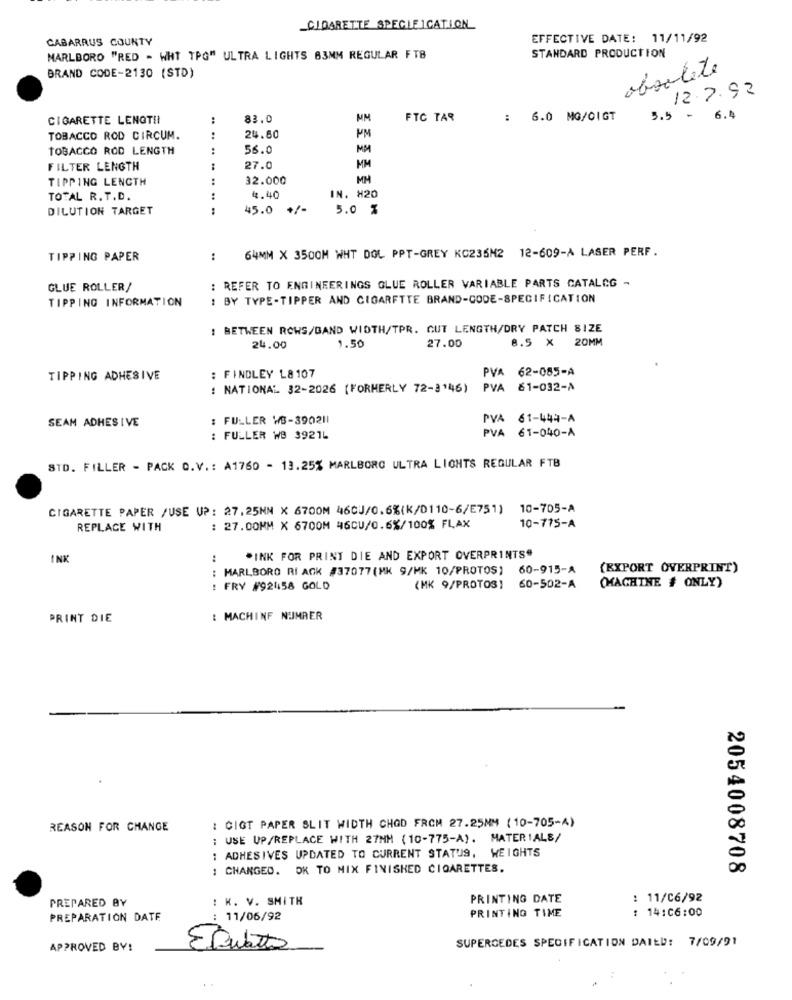
CIDARETTE SPECIFICATION
CABARRUS COUNTY
EFFECTIVE DATE: 11/11/92
MARLBORO "RED - WHT TPG" ULTRA LIGHTS 83MM REGULAR FTB
STANDARD PRODUCTION
obsolète
BRAND CODE-2130 (STD)
12.7.92
CIGARETTE LENGTH
:
83.0
MM
FTC TAR
: 6.0 MG/OIGT
3.5 - 6.4
TOBACCO ROD CIRCUM.
..
24.60
PM
TOBACCO ROD LENGTH
:
56.0
MM
FILTER LENGTH
27.0
MM
TIPPING LENGTH
:
32.000
MM
TOTAL R. T.D.
4.40
IN. #20
DILUTION TARGET
:
45.0
5.0 %
64MM X 3500M WHT DOL PPT-GREY KC235M2 12-609-A LASER PERF.
TIPPING PAPER
.
: REFER TO ENGINEERINGS GLUE ROLLER VARIABLE PARTS CATALOG -
GLUE ROLLER/
TIPPING INFORMATION
: BY TYPE-TIPPER AND CIGARETTE BRAND-CODE-SPECIFICATION
: BETWEEN ROWS/BAND WIDTH/TPR. GUT LENGTH/DRY PATCH SIZE
8.5 × 20MM
24.00
1.50
27.00
PVA 62-085-A
TIPPING ADHESIVE
: FINDLEY L& 107
: NATIONAL 32-2026 (FORMERLY 72-3'46)
PVA 61-032-A
SEAM ADHESIVE
: FULLER WS-390211
PVA 61-444-A
PVA 61-040-A
: FULLER WB 3921L
STD. FILLER - PACK O.V .: A1760 - 13.25% MARLBORO ULTRA LICHTS REGULAR FTB
CIGARETTE PAPER /USE UP: 27.25NN X 6700M 46CJ/0.6%(K/0110-6/E751) 10-705-A
REPLACE WITH
: 27.00MM X 6700M 46CU/0.6%/100% FLAX
10-775-A
INK
:
*INK FOR PRINT DIE AND EXPORT OVERPRINTS"
: MARLBORO RI ACK #37077 (MK 9/MK 10/PROTOS)
60-915-A
(EXPORT OVERPRINT)
(MACHINE # ONLY)
: FRY #92458 GOLD
(MK 9/PROTOS)
60-502-A
PRINT DIE
: MACHINF NUMRER
REASON FOR CHANGE
: CIGT PAPER SLIT WIDTH CHOD FROM 27.25MM ( 10-705-A)
: USE UP/REPLACE WITH 27NM (10-775-A). MATERIALS/
: ADHESIVES UPDATED TO CURRENT STATUS, WEIGHTS
: CHANGED. OK TO MIX FINISHED CIGARETTES.
2054008708
PREPARED BY
: K. V. SMITH
PRINTING DATE
: 11/06/92
PRINTING TIME
: 14:06:00
PREPARATION DATE
: 11/06/92
SUPERCEDES SPECIFICATION DAIED: 7/09/91
APPROVED BY!
EDulata